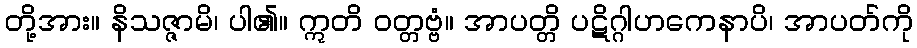
တို့အား။ နိသဇ္ဇာမိ၊ ပါ၏။ ဣတိ ဝတ္တဗ္ဗံ။ အာပတ္တိ ပဋိဂ္ဂါဟကေနာပိ၊ အာပတ်ကို